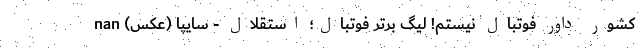
کشور داور فوتبال نیستم! لیگ برتر فوتبال؛ استقلال - سایپا (عکس) nan